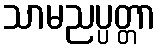
သာမညပ္ပတ္တာ